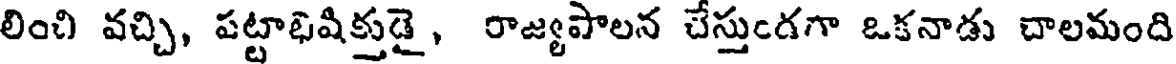
లించి వచ్చి, పట్టాభిషిక్తుడై, రాజ్యపాలన చేస్తుండగా ఒకనాడు చాలమంది